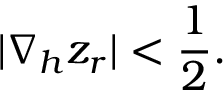
| \nabla _ { h } z _ { r } | < \frac { 1 } { 2 } .